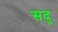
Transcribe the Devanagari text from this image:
सदु